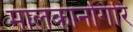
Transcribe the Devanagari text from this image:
मालकानगिरि